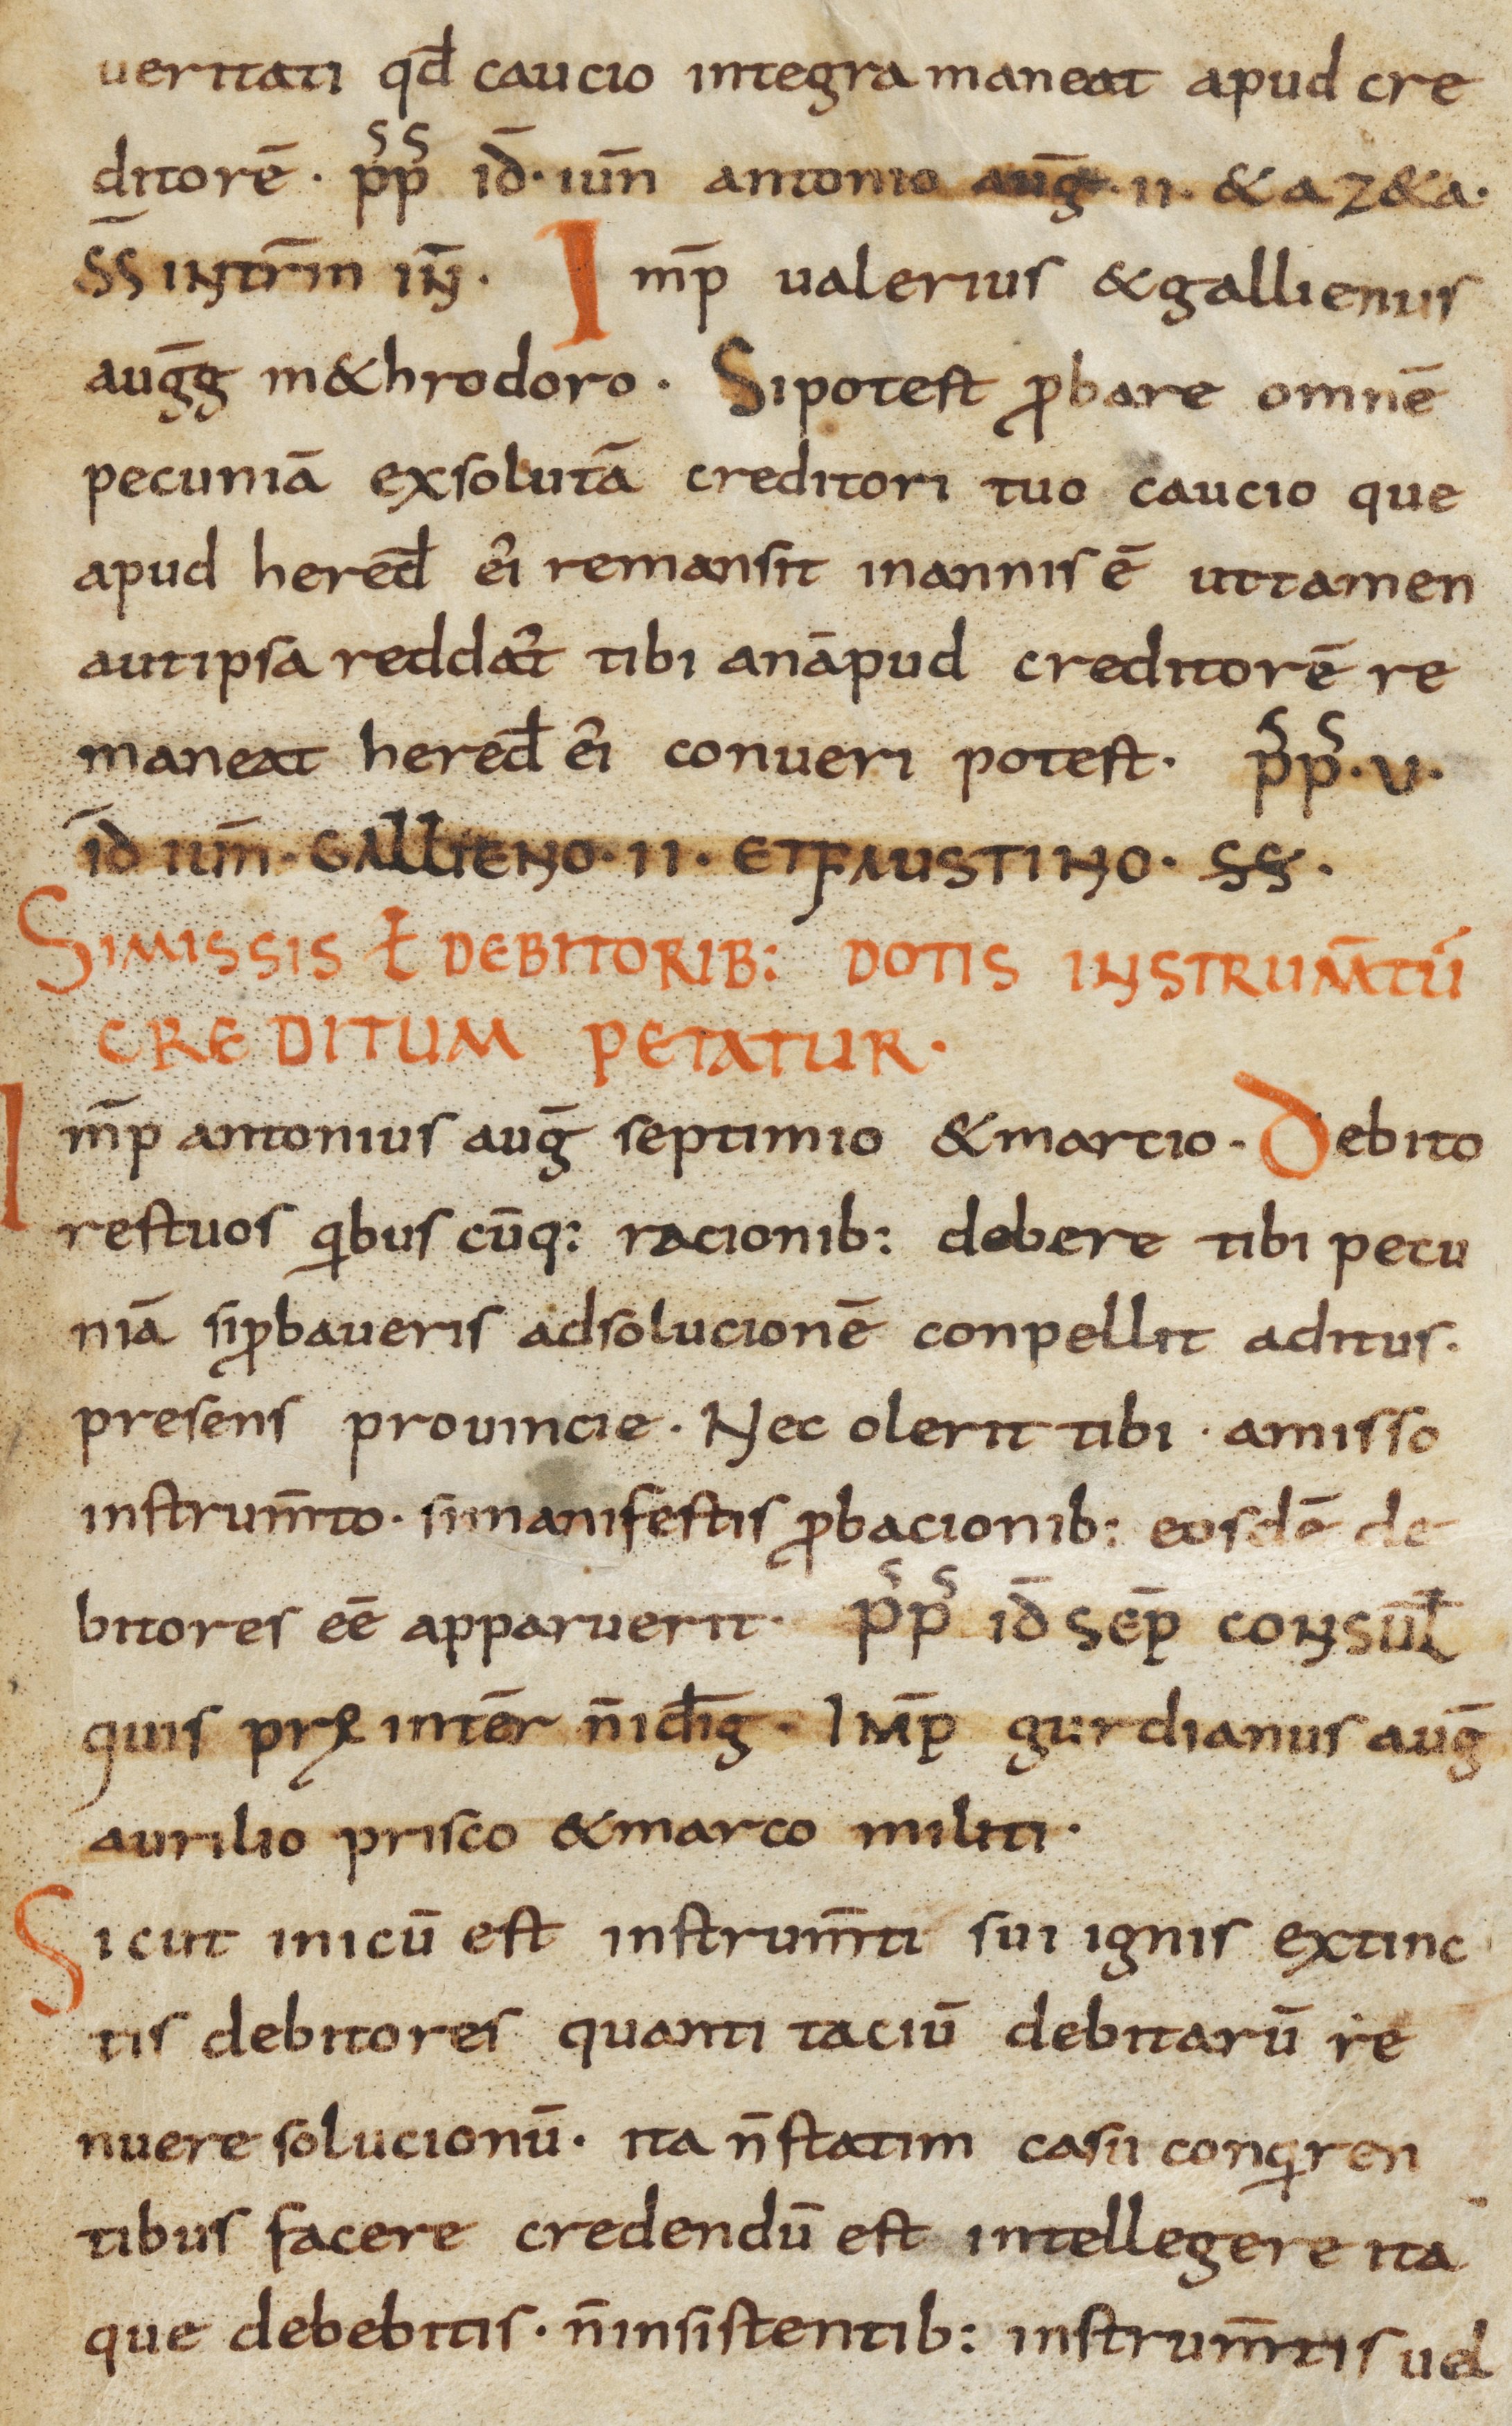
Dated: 800–865